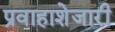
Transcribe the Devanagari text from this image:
प्रवाहाशेजारी